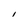
Character: I